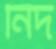
নিদ